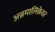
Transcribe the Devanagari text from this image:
अन्नमालिकेवर